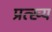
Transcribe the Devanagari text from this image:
प्रत्ख्य